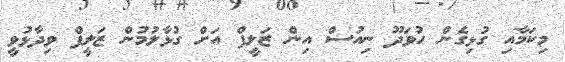
މިކަމާއި ގުޅިގެން ހުވަދޫ ނިއުސް އިން ޒަލީފް އަށް ގުޅާލުމުން ޒަލީފް ވިދާޅުވީ